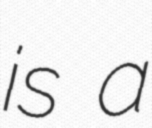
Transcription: is a